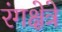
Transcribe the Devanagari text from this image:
रंगक्षेत्रे